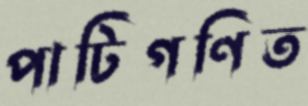
পাটিগণিত